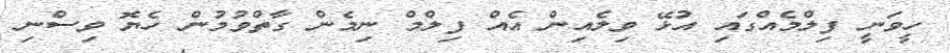
ހީވަނީ ފިލްމެއްގައި އުޅޭ ވިލެއިން އެއް ފިލްމް ނިމެން ގާތްވުމުން ހެޔޮ ވިސްނި